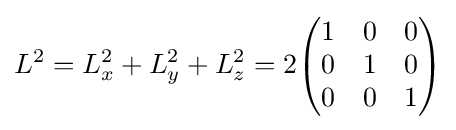
L^{2}=L_{x}^{2}+L_{y}^{2}+L_{z}^{2}=2{\begin{pmatrix}1&0&0\\0&1&0\\0&0&1\end{pmatrix}}